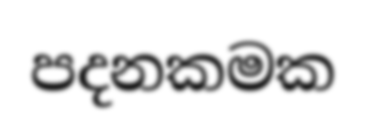
පදනකමක